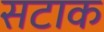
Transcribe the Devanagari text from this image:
सटाक